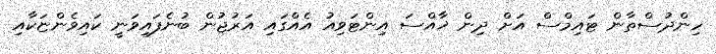
ހިންދުސްތާން ޓައިމްސް އަށް ދިން ޚާއްސަ އިންޓަވިއު އެއްގައި އަރުޖުން ބުނެފައިވަނީ ކައިވެންޏަކާއި